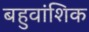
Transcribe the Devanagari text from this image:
बहुवांशिक